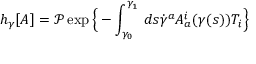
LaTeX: h _ { \gamma } [ A ] = { \mathcal { P } } \exp { \Big \{ } - \int _ { \gamma _ { 0 } } ^ { \gamma _ { 1 } } \, d s { \dot { \gamma } } ^ { a } A _ { a } ^ { i } ( \gamma ( s ) ) T _ { i } { \Big \} }